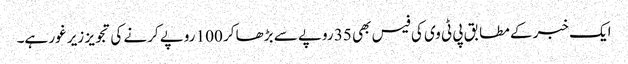
ایک خبر کے مطابق پی ٹی وی کی فیس بھی 35 روپے سے بڑھا کر 100 روپے کرنے کی تجویز زیر غور ہے۔